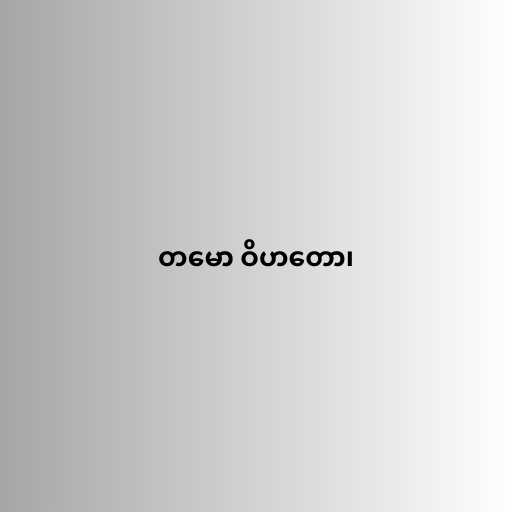
တမော ဝိဟတော၊